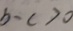
b - c > 0